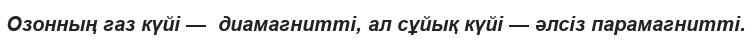
Озонның газ күйі —  диамагнитті, ал сұйық күйі — әлсіз парамагнитті.